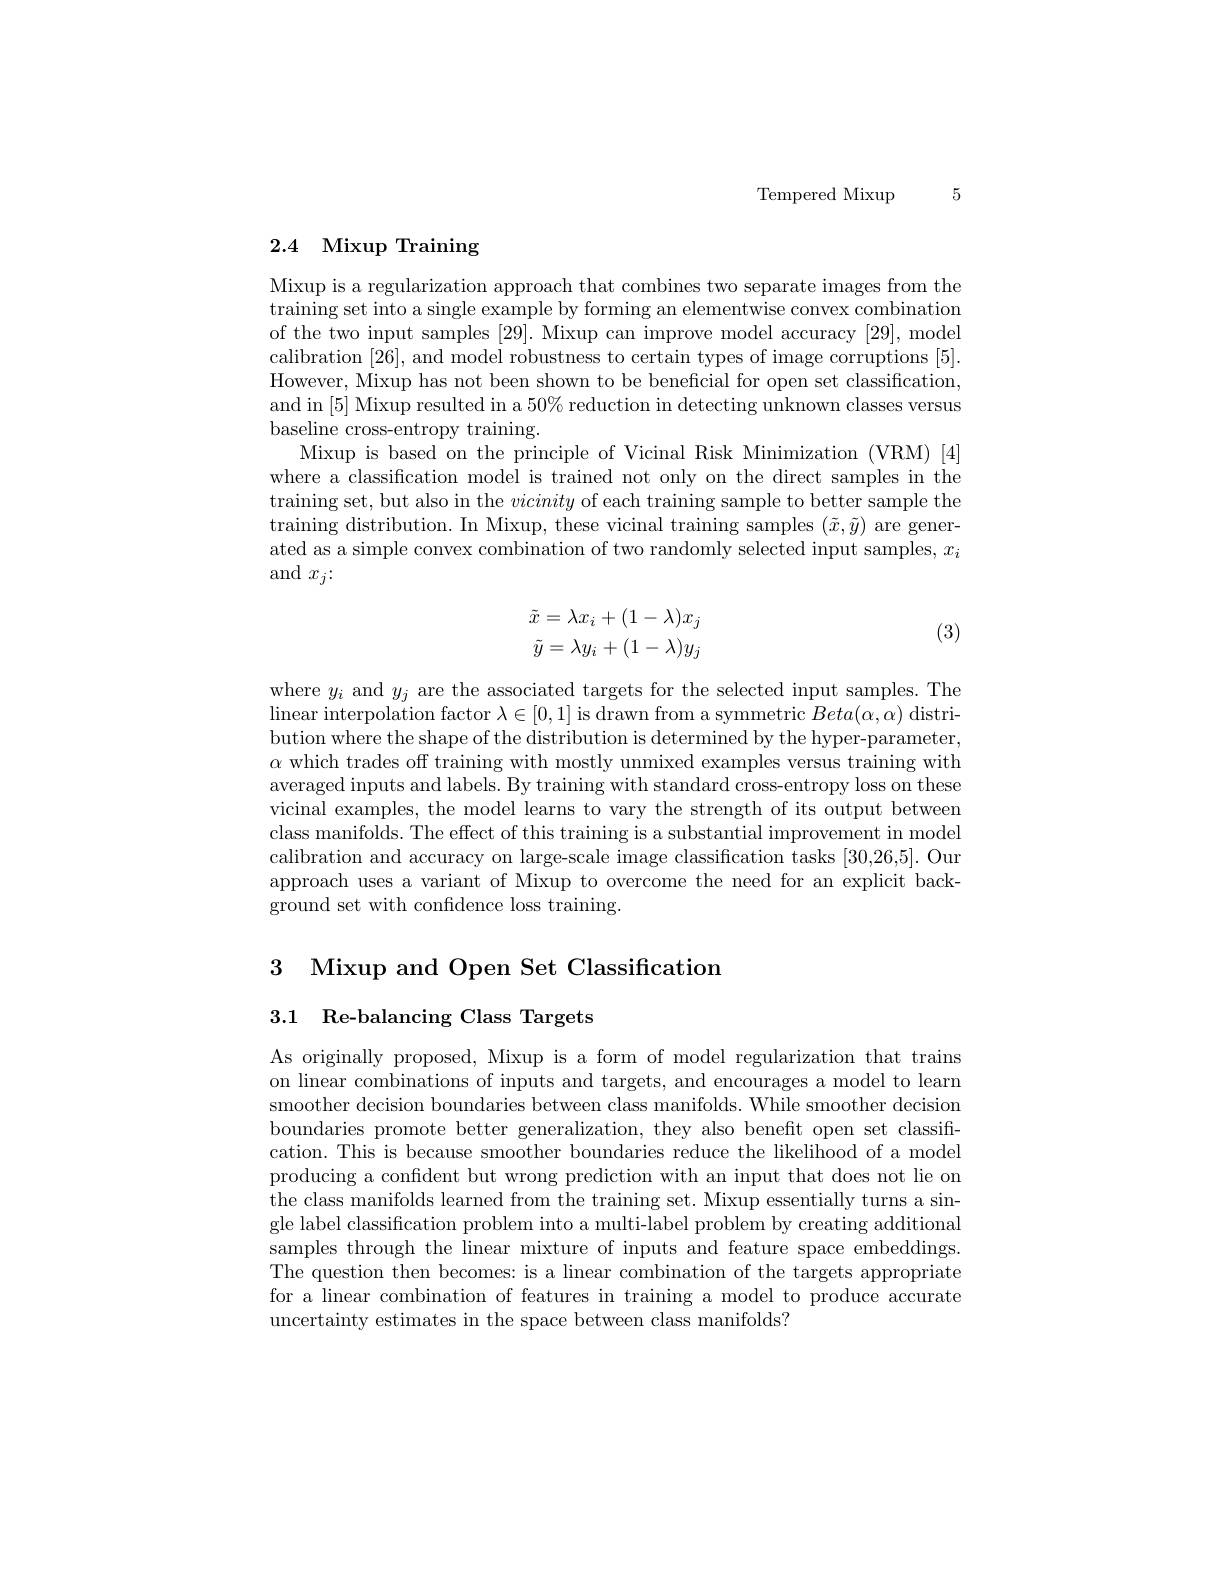
Tempered Mixup

# 2.4 Mixup Training

Mixup is a regularization approach that combines two separate images from the training set into a single example by forming an elementwise convex combination of the two input samples [29]. Mixup can improve model accuracy [29],model calibration [26], and model robustness to certain types of image corruptions [5]. However, Mixup has not been shown to be beneficial for open set classification, and in [5] Mixup resulted in a $50\%$ reduction in detecting unknown classes versus baseline cross-entropy training.
Mixup is based on the principle of Vicinal Risk Minimization (VRM)[4] where a classification model is trained not only on the direct samples in the training set, but also in the vicinity of each training sample to better sample the training distribution. In Mixup, these vicinal training samples $(\tilde{x},\tilde{y})$ are generated as a simple convex combination of two randomly selected input samples, $x_i$ and$x_j\colon$

(3)
$$\begin{aligned}\tilde{x}&=\lambda x_i+(1-\lambda)x_j\\\tilde{y}&=\lambda y_i+(1-\lambda)y_j\end{aligned}$$
where $y_i$ and $y_j$ are the associated targets for the selected input samples. The linear interpolation factor $\lambda\in[0,1]$ is drawn from a symmetric $Beta(\alpha,\alpha)$ distribution where the shape of the distribution is determined by the hyper-parameter, $\alpha$ which trades off training with mostly unmixed examples versus training with averaged inputs and labels. By training with standard cross-entropy loss on these vicinal examples, the model learns to vary the strength of its output between class manifolds. The effect of this training is a substantial improvement in model calibration and accuracy on large-scale image classification tasks [30,26,5]. Our approach uses a variant of Mixup to overcome the need for an explicit background set with confidence loss training.

3 Mixup and Open Set Classification
3.1 Re-balancing Class Targets

As originally proposed, Mixup is a form of model regularization that trains on linear combinations of inputs and targets, and encourages a model to learn smoother decision boundaries between class manifolds. While smoother decision boundaries promote better generalization, they also beneft open set classification. This is because smoother boundaries reduce the likelihood of a model producing a confident but wrong prediction with an input that does not lie on the class manifolds learned from the training set. Mixup essentially turns a single label classification problem into a multi-label problem by creating additional samples through the linear mixture of inputs and feature space embeddings. The question then becomes: is a linear combination of the targets appropriate for a linear combination of features in training a model to produce accurate uncertainty estimates in the space between class manifolds?